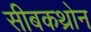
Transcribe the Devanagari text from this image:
सीबकथ्रोन